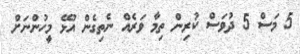
5 މަސް 5 ދުވަސް ކުރިން ތިމާ ވަރެއް ނެތިގެން އުޅޭ މީހުންނަށް